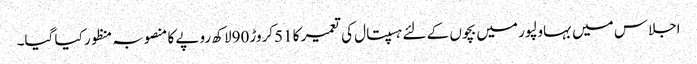
اجلاس میں بہاولپور میں بچوں کے لئے ہسپتال کی تعمیر کا 51کروڑ 90لاکھ روپے کا منصوبہ منظور کیا گیا۔